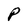
Character: P